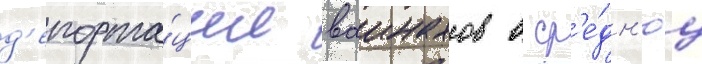
д'епорта́ции ваинахов в ср'е́дн'юу